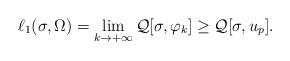
LaTeX: \begin{align*}\ell_{1}(\sigma, \Omega) =\lim_{k\rightarrow +\infty} \mathcal Q[\sigma,\varphi_{k}] \ge \mathcal Q[\sigma,u_{p}].\end{align*}